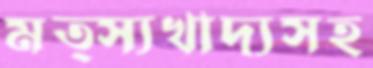
মত্স্যখাদ্যসহ